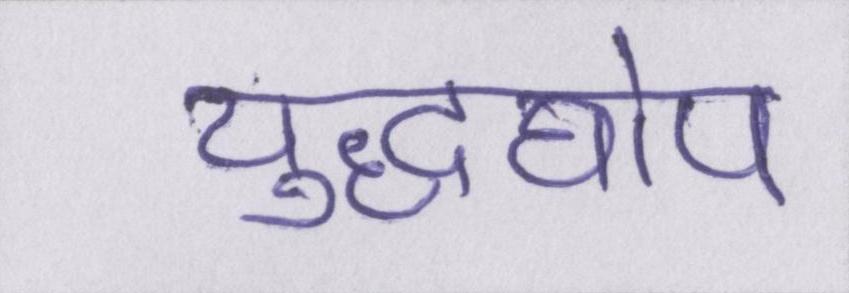
युद्धघोष